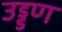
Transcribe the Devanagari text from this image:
उड्डण